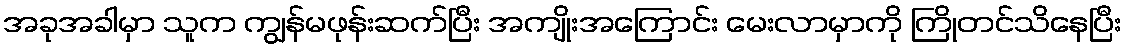
အခုအခါမှာ သူက ကျွန်မဖုန်းဆက်ပြီး အကျိုးအကြောင်း မေးလာမှာကို ကြိုတင်သိနေပြီး